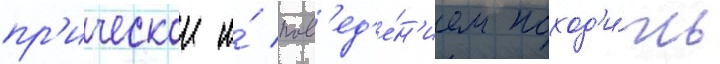
пр'ическои и́ пов'ед'е́н'ием поход'и́ть